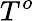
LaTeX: T^{o}